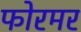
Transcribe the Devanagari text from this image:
फोरमर